Scottish Certificate of Education, 1962
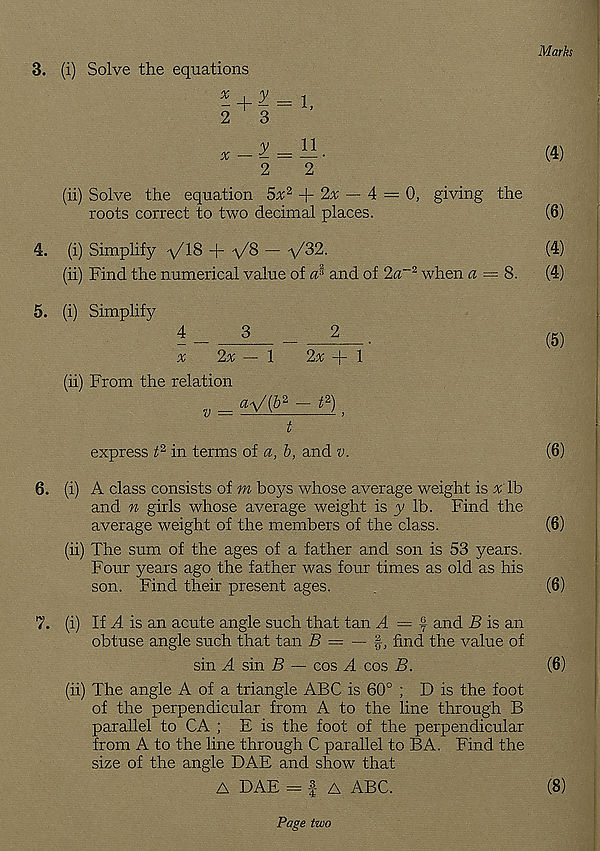
Marks
1,
n
2 ’
(ii) Solve the equation 5% 2
2x — 4 — 0, giving the
roots correct to two decimal places.
4. (i) Simplify ylS + ^/8 — -\/32.
(ii) Find the numerical value of
and of 2a~2 when a = 8.
5. (i) Simplify
4 _
3
_
2
#
2x — 1
2a; + 1
(ii) From the relation
v = a_V(b^-jz) }
t
express t 2 in terms of a, b, and v.
6. (i) A class consists of m boys whose average weight is x lb
and n girls whose average weight is y lb. Find the
average weight of the members of the class.
(ii) The sum of the ages of a father and son is 53 years.
Four years ago the father was four times as old as his
son. Find their present ages.
7. (i) If A is an acute angle such that tan A = and B is an
obtuse angle such that tan B = — %, find the value of
sin A sin B — cos A cos B.
(ii) The angle A of a triangle ABC is 60° ; D is the foot
of the perpendicular from A to the line through B
parallel to CA ; E is the foot of the perpendicular
from A to the line through C parallel to BA. Find the
size of the angle DAE and show that
A DAE = | A ABC.
3. (i) Solve the equations
2
3
x — ¥. =
(4)
(6)
(4)
(4)
(5)
(6)
(6)
(6)
(6)
(8)
Page two